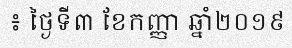
៖ ថ្ងៃទី៣ ខែកញ្ញា ឆ្នាំ២០១៩